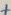
Text: +